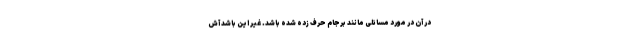
در آن در مورد مسائلی مانند برجام حرف زده شده باشد. غیر این باشد آش